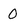
Character: 0